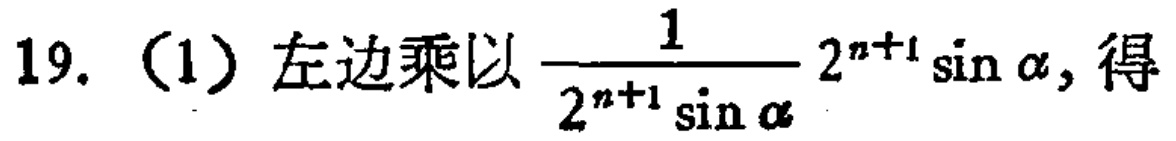
19. （1）左边乘以$\frac{1}{2^{n + 1}\sin\alpha}2^{n + 1}\sin\alpha$, 得